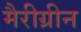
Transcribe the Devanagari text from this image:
मैरीग्रीन